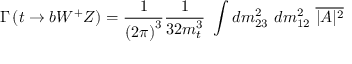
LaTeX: \Gamma \left( t \rightarrow b W ^ { + } Z \right) = { \frac { 1 } { { ( 2 \pi ) } ^ { 3 } } } { \frac { 1 } { 3 2 m _ { t } ^ { 3 } } } \ \int d m _ { 2 3 } ^ { 2 } \ d m _ { 1 2 } ^ { 2 } \ \overline { { { | { \cal A } | ^ { 2 } } } }